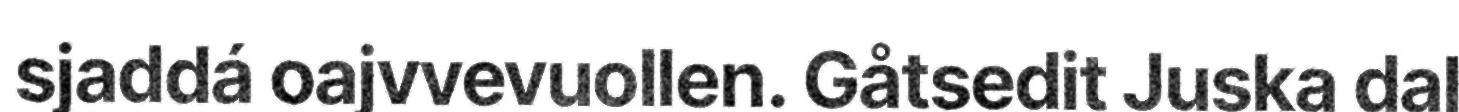
sjaddá oajvvevuollen. Gåtsedit Juska dal